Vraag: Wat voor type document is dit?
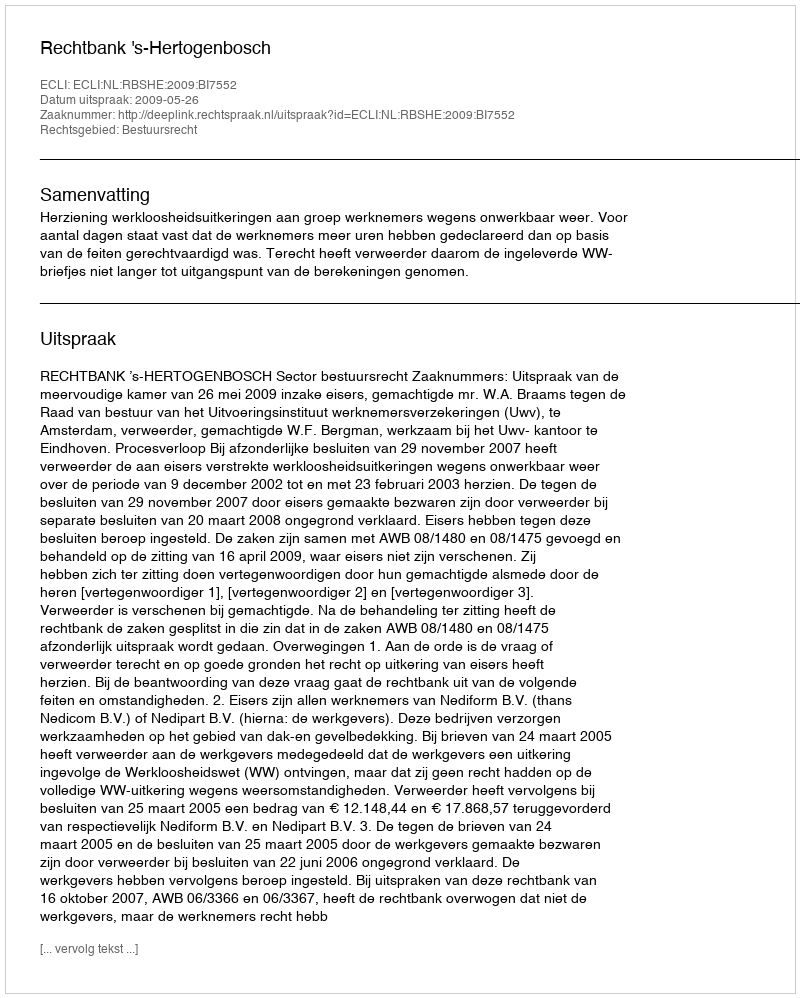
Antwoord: Uitspraak